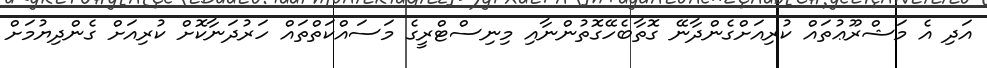
އަދި އެ މަޝްރޫޢުތައް ކުރިއަށްގެންދާނޭ ގޮތާބެހޭގޮތުންނާއި މިނިސްޓްރީގެ މަސައްކަތްތައް ހަރުދަނާކޮށް ކުރިއަށް ގެންދިޔުމަށް